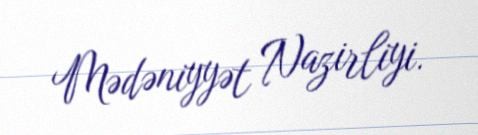
Mədəniyyət Nazirliyi.